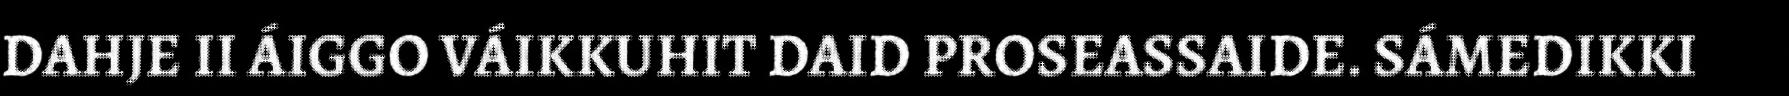
DAHJE II ÁIGGO VÁIKKUHIT DAID PROSEASSAIDE. SÁMEDIKKI